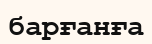
барғанға